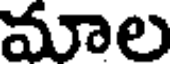
మాల